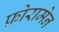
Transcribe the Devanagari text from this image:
फ़ोरामेन